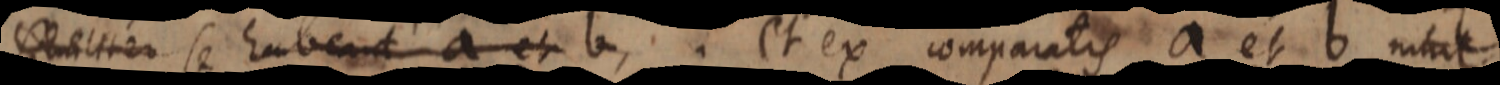
itemque c et d et ex comparatis a et b nihil